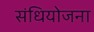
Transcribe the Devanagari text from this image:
संधियोजना